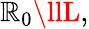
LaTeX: \mathbb{R}_{0}\llL,